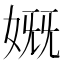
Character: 𰌊